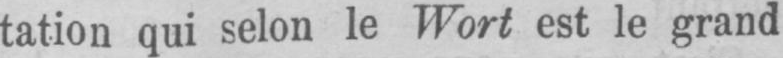
tation qui selon le Wort est le grand